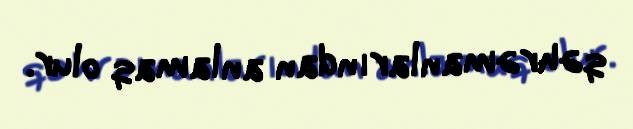
qəhrəmanlarından anlamaq olur.